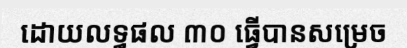
ដោយលទ្ធផល ៣០ ធ្វើបានសម្រេច